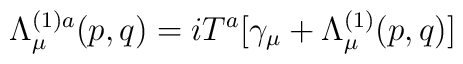
\Lambda _\mu ^{(1)a}(p,q)=iT^a[\gamma _\mu +\Lambda _\mu ^{(1)}(p,q)]